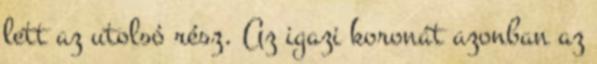
lett az utolsó rész. Az igazi koronát azonban az